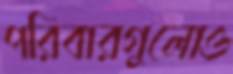
পরিবারগুলোও